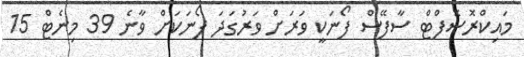
މައިކްރޮސޮފްޓް ސާފޭސް ފޯނަކީ ވަރަށް ވަރުގަދަ ފޯނަކަށް ވާނެ 39 މިނެޓް 15